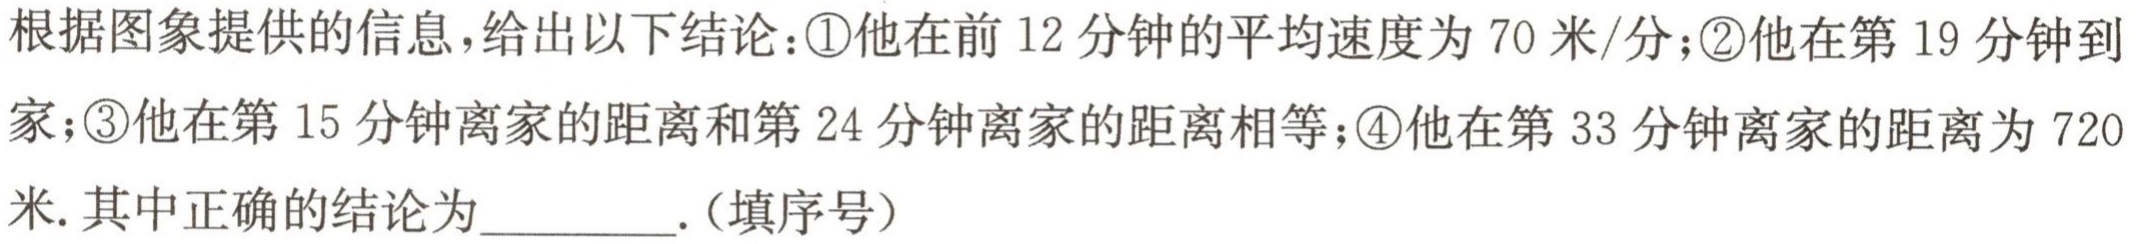
根据图象提供的信息，给出以下结论：\textcircled{1}他在前 \(12\) 分钟的平均速度为 \(70\) 米/分；\textcircled{2}他在第 \(19\) 分钟到家；\textcircled{3}他在第 \(15\) 分钟离家的距离和第 \(24\) 分钟离家的距离相等；\textcircled{4}他在第 \(33\) 分钟离家的距离为 \(720\) 米. 其中正确的结论为_________.（填序号）